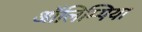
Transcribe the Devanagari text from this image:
ऑलिम्पिया